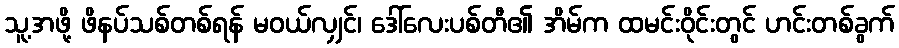
သူ့အဖို့ ဖိနပ်သစ်တစ်ရန် မဝယ်လျှင်၊ ဒေါ်လေးပစ်တီ၏ အိမ်က ထမင်းဝိုင်းတွင် ဟင်းတစ်ခွက်